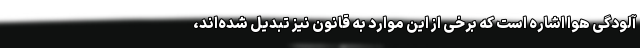
آلودگی هوا اشاره است که برخی از این موارد به قانون نیز تبدیل شده‌اند،